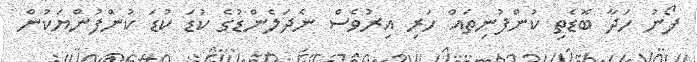
ފޯނު ހަދާ ބޮޑެތި ކުންފުނިތައް ހުރި އިރުވެސް ނެދަލެންޑުގެ ކުޑަ ކުޑަ ކުންފުންޔަކުން